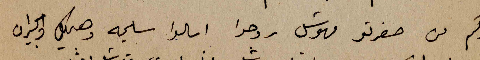
والدكم من صغرتو مهوشل روحوا اسالوا سليمه وهيكل والجيران